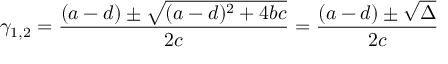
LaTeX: \gamma _ { 1 , 2 } = { \frac { ( a - d ) \pm { \sqrt { ( a - d ) ^ { 2 } + 4 b c } } } { 2 c } } = { \frac { ( a - d ) \pm { \sqrt { \Delta } } } { 2 c } }